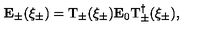
{ \bf E } _ { \pm } ( \xi _ { \pm } ) = \mathrm { T } _ { \pm } ( \xi _ { \pm } ) { \bf E } _ { 0 } \mathrm { T } _ { \pm } ^ { \dagger } ( \xi _ { \pm } ) ,